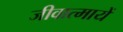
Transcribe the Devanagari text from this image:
जीवात्मायें